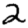
Digit: 2